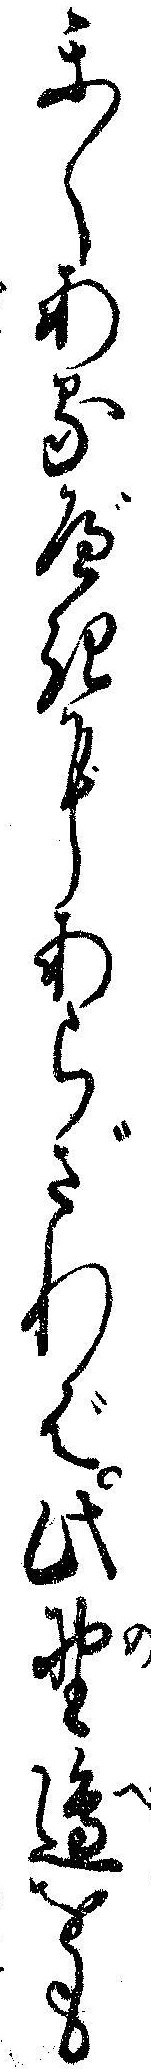
かくあるべきにあらざれば此野辺をも